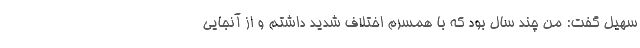
سهیل گفت: من چند سال بود که با همسرم اختلاف شدید داشتم و از آنجایی